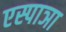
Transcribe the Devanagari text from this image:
एस्पाञा